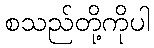
စသည်တို့ကိုပါ